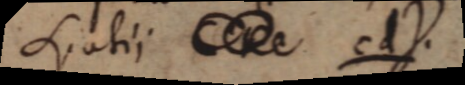
spatii cdγ.